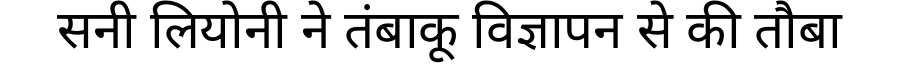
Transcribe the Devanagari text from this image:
सनी लियोनी ने तंबाकू विज्ञापन से की तौबा